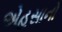
એહસાનો